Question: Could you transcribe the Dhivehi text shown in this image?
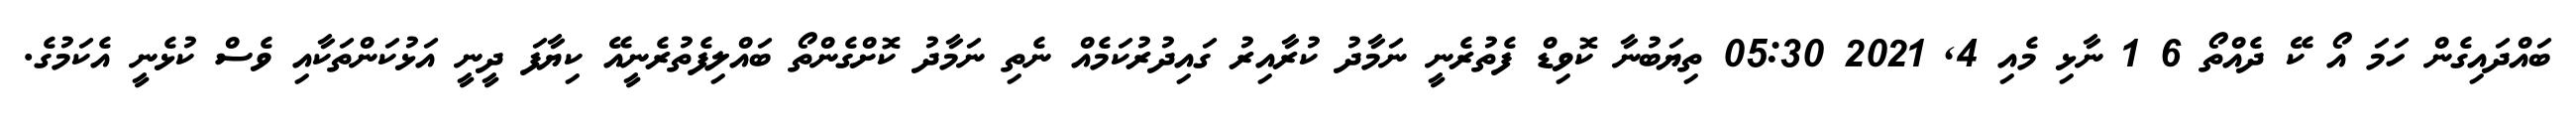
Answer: ބައްދައިގެން ހަމަ އޯ ކޭ ދެއްތޯ 6 1 ނާޅި މެއި 4, 2021 05:30 ތިޔަބުނާ ކޮވިޑް ފެތުރެނީ ނަމާދު ކުރާއިރު ގައިދުރުކަމެއް ނެތި ނަމާދު ކޮށްގެންތޯ ބައްލިފެތުރެނީއޭ ކިޔާފަ ދީނީ އަޅުކަންތަކާއި ވެސް ކުޅެނީ އެކަމުގެ.